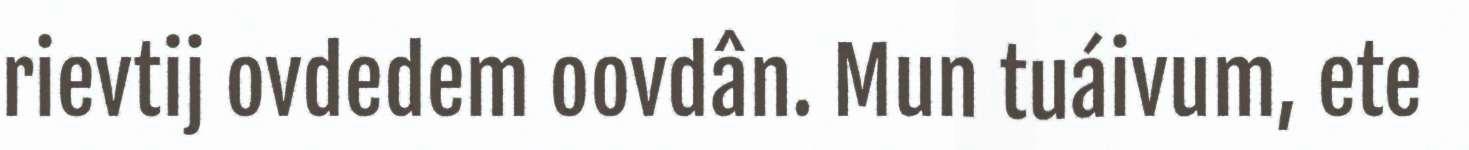
rievtij ovdedem oovdân. Mun tuáivum, ete